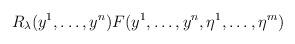
LaTeX: \begin{align*}R_\lambda(y^1, \dots, y^n) F(y^1, \dots, y^n, \eta^1,\dots, \eta^m)\end{align*}